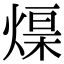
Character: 𤌓